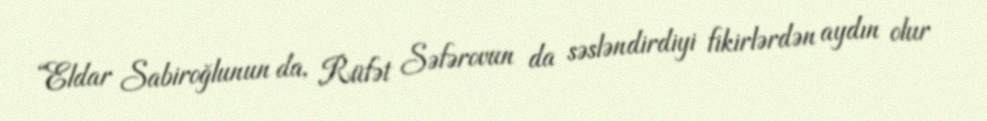
“Eldar Sabiroğlunun da, Rüfət Səfərovun da səsləndirdiyi fikirlərdən aydın olur